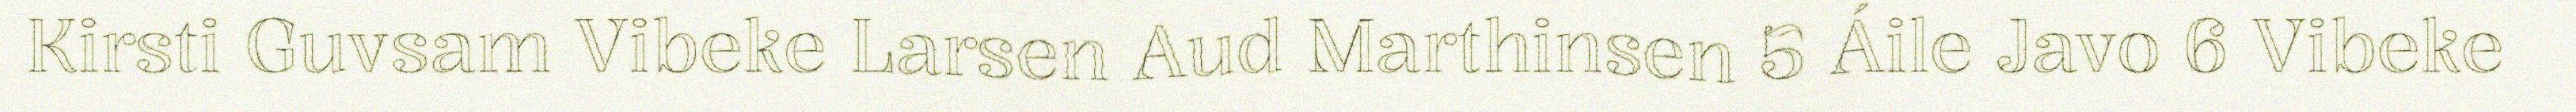
Kirsti Guvsam Vibeke Larsen Aud Marthinsen 5 Áile Javo 6 Vibeke